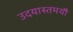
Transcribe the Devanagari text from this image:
उदयास्तमयौ